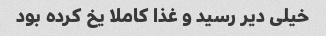
خیلی دیر رسید و غذا کاملا یخ کرده بود